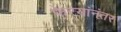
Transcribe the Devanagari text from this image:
फेर्‍यांनंतर